Civil Veterinary Dept. North-West Frontier Province 1933-46 - 1933-1946
Year: 1933
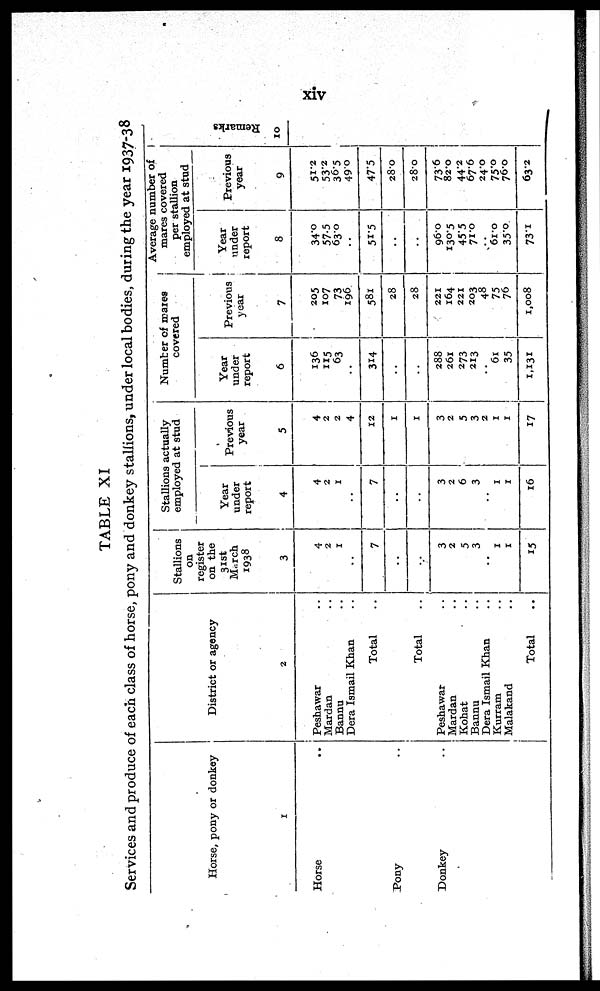
xiv
TABLE XI
Services and produce of each class of horse, pony and donkey stallions, under local bodies, during the year 1937-38
Horse, pony or donkey
1
Horse ..
Pony ..
Donkey ..
District or agency
2
Peshawar ..
Mardan ..
Bannu ..
Dera Ismail Khan ..
Total ..
Total ..
Peshawar ..
Mardan ..
Kohat ..
Bannu ..
Dera Ismail Khan ..
Kurram ..
Malakand
..
Total ..
Stallions
on
register
on the
31st
March
1938
3
4
2
1
..
7
..
..
3
2
5
3
..
1
1
15
Stallions actually
employed at stud
Year
under
report
4
4
2
1
..
7
..
..
3
2
6
3
..
1
1
16
Previous
year
5
4
2
2
4
12
1
1
3
2
5
3
2
1
1
17
Number of mares
covered
Year
under
report
6
136
115
63
..
314
..
..
288
261
273
213
..
61
35
1,131
Previous
year
7
205
107
73
196
581
28
28
221
164
221
203
48
75
76
1,008
Average number of
mares covered
per stallion
employed at stud
Year
under
report
8
34.0
57.5
63.0
..
51.5
..
..
96.0
130.5
45.5
71.0
..
61.0
35.0
73.1
Previous
year
9
51.2
53.2
36.5
49.0
47.5
28.0
28.0
73.6
82.0
44.2
67.6
24.0
75.0
76.0
63.2
Re ma r
ks
10